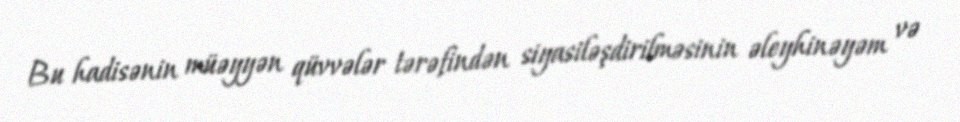
Bu hadisənin müəyyən qüvvələr tərəfindən siyasiləşdirilməsinin əleyhinəyəm və